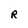
Character: R